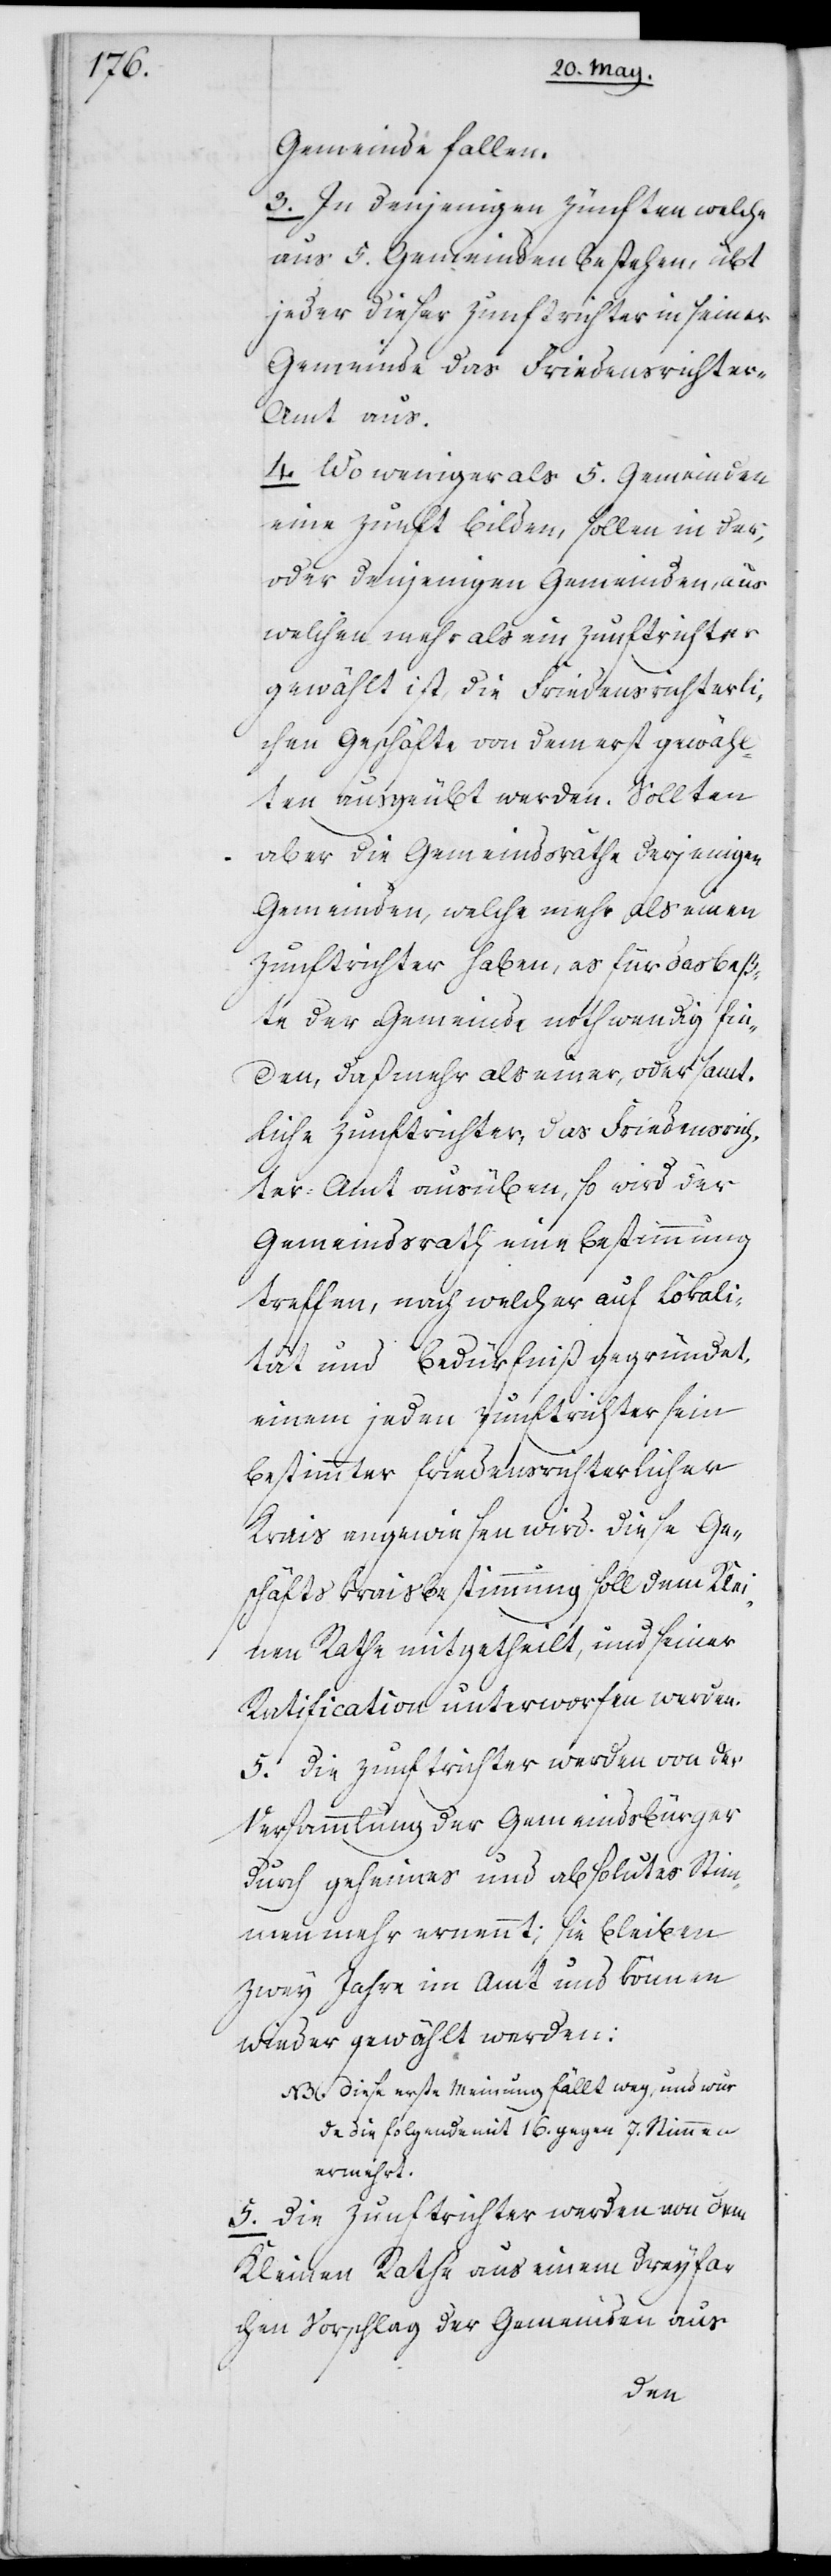
Gemeinde fallen.
3. In denjenigen Zünften welche
aus 5. Gemeinden bestehen, übt
jeder dieser Zunftrichter in seiner
Gemeinde das Friedensrichter-A¬
mt aus.
4. Wo weniger als 5. Gemeinden
eine Zunft bilden, sollen in der,
oder denjenigen Gemeinden, aus
welchen mehr als ein Zunftrichter
gewählt ist, die Friedensrichterli¬
chen Geschäfte von dem erst gewähl¬
ten ausgeübt werden. Sollten
aber die Gemeindsräthe derjenigen
Gemeinden, welche mehr als einen
Zunftrichter haben, es für das Beß¬
te der Gemeinde nothwendig fin¬
den, daß mehr als einer, oder samt¬
liche Zunftrichter, das Friedensrich¬
ter-Amt ausüben, so wird der
Gemeindsrath eine Bestimmung
treffen, nach welcher auf Lokali¬
tät und Bedürfniß gegründet,
einem jeden Zunftrichter sein
bestimmter friedensrichterlicher
Krais angewiesen wird. Diese Ge¬
schäftskraisbestimmung soll dem Klei¬
nen Rathe mitgetheilt, und seiner
Ratification unterworfen werden.
5. Die Zunftrichter werden von der
Versammlung der Gemeindsbürger
durch geheimes und absolutes Stim¬
menmehr ernennt; sie bleiben
zwey Jahre im Amt und können
wieder gewählt werden:
NB. Diese erste Meinung fällt weg, und wur¬
de die folgende mit 16. gegen 7. Stimmen
ermehrt.
5. Die Zunftrichter werden von dem
Kleinen Rathe aus einem dreyfa¬
chen Vorschlag der Gemeinden aus